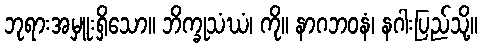
ဘုရားအမှူးရှိသော။ ဘိက္ခုသံဃံ၊ ကို။ နာဂဘဝနံ၊ နဂါးပြည်သို့။